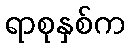
ရာစုနှစ်က